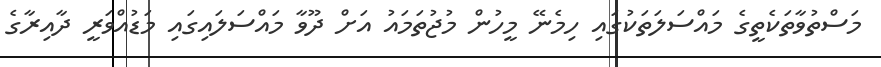
މަސްތުވާތަކެތީގެ މައްސަލަތަކުގައި ހިމެނޭ މީހުން މުޖުތަމައު އަށް ދޫވާ މައްސަލައިގައި މަޑުއްވަރީ ދާއިރާގެ